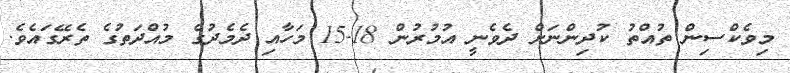
މިވެކްސިން ތުއްތު ކުދިންނަށް ދެވެނީ އުމުރުން 18-15 މަހާއި ދެމެދުގެ މުއްދަތުގެ ތެރޭގައެވެ.